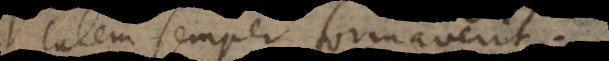
talem semper formaverit.